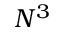
N ^ { 3 }